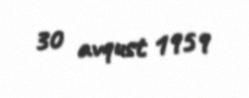
30 avqust 1959